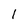
Character: l